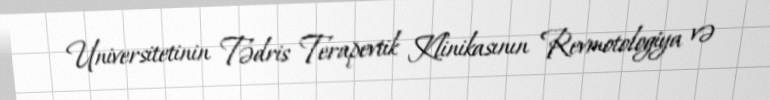
Universitetinin Tədris Terapevtik Klinikasının Revmotologiya və